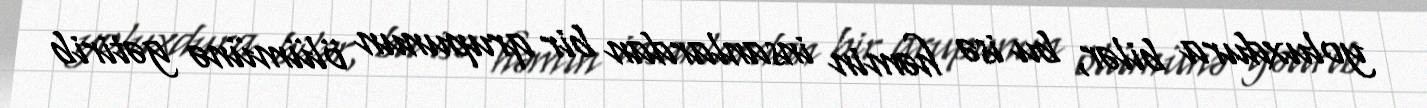
yoluxdura bilər, bu isə həmin insanlardan bir qrupunun ölümünə gətirib